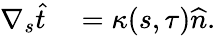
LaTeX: \begin{array}{rl}{\nabla_{s}\widehat{t}}&{{}=\kappa(s,\tau)\widehat{n}.}\end{array}